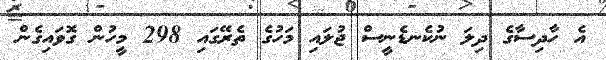
އެ ހާދިސާގެ ދިލަ ނުކެނޑެނީސް ޖުލައި މަހުގެ ތެރޭގައި 298 މީހުން ގޮވައިގެން